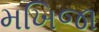
મખિજા